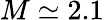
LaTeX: M\simeq 2.1